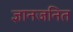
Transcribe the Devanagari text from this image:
ज्ञानजनित